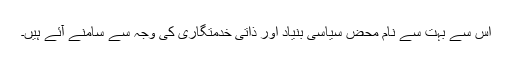
اس سے بہت سے نام محض سیاسی بنیاد اور ذاتی خدمتگاری کی وجہ سے سامنے آئے ہیں۔